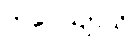
ဘဝေယျာသိ